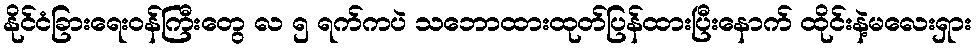
နိုင်ငံခြားရေးဝန်ကြီးတွေ လ ၅ ရက်ကပဲ သဘောထားထုတ်ပြန်ထားပြီးနောက် ထိုင်းနဲ့မလေးရှား